Rangoon Lunatic Asylum 1893-1897 - 1893-1897
Year: 1893
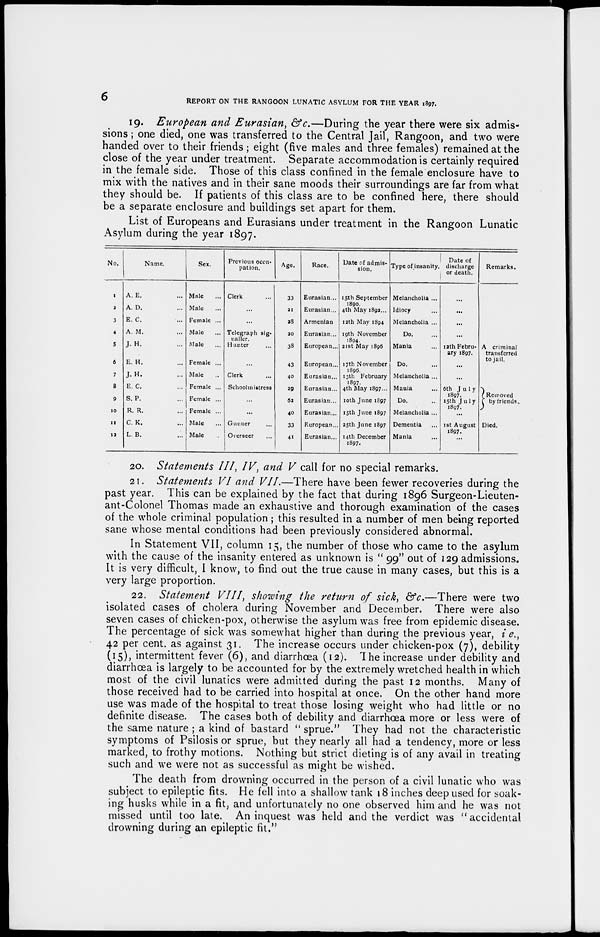
6
REPORT ON THE RANGOON LUNATIC ASYLUM FOR THE YEAR 1897.
19. European and Eurasian, &c.—During the year there were six admis-
sions ; one died, one was transferred to the Central Jail, Rangoon, and two were
handed over to their friends; eight (five males and three females) remained at the
close of the year under treatment. Separate accommodation is certainly required
in the female side. Those of this class confined in the female enclosure have to
mix with the natives and in their sane moods their surroundings are far from what
they should be. If patients of this class are to be confined here, there should
be a separate enclosure and buildings set apart for them.
List of Europeans and Eurasians under treatment in the Rangoon Lunatic
Asylum during the year 1897.
No.
1
2
3
4
5
6
7
8
9
10
11
13
Name.
A. E. ...
A. D. ...
E. C. ...
A. M. ...
J. H. ...
E. H. ...
J. H. ...
E. C. ...
S. P. ...
R. R. ...
C. K. ...
L. B. ...
Sex.
Male ...
Male ...
Female ...
Male ...
Male ...
Female ...
Male ...
Female ...
Female ...
Female ...
Male ...
Male ...
Previous occu-
pation.
Clerk ...
...
...
Telegraph sig-
naller.
Hunter ...
...
Clerk ...
Schoolmistress
...
...
Gunner ...
Overseer ...
Age.
33
21
28
20
38
43
40
29
62
40
33
41
Race.
Eurasian ...
Eurasian ...
Armenian
Eurasian...
European...
European...
Eurasian...
Eurasian...
Eurasian...
Eurasian...
European...
Eurasian ...
Date of admis-
sion.
15th September
1890.
4th May 1892...
12th May 1894
19th November
1894.
21st May 1896
17th November
1896.
13th February
1897.
4th May 1897 ...
10th June 1897
15th June 1897
25th June 1897
14th December
1897.
Type of insanity.
Melancholia ...
Idiocy ...
Melancholia ...
Do. ...
Mania ...
Do. ...
Melancholia ...
Mania ...
Do. ...
Melancholia ...
Dementia ...
Mania ...
Date of
discharge
or death.
...
...
...
...
12th Febru-
ary 1897.
...
...
6th July
1897.
15th July
1897.
...
1st August
1897.
...
Remarks.
A criminal
transferred
to jail.
Removed
by friends.
Died.
20. Statements III, IV, and V call for no special remarks.
21. Statements VI and VII.—There have been fewer recoveries during the
past year. This can be explained by the fact that during 1896 Surgeon-Lieuten-
ant-Colonel Thomas made an exhaustive and thorough examination of the cases
of the whole criminal population ; this resulted in a number of men being reported
sane whose mental conditions had been previously considered abnormal.
In Statement VII, column 15, the number of those who came to the asylum
with the cause of the insanity entered as unknown is " 99" out of 129 admissions.
It is very difficult, I know, to find out the true cause in many cases, but this is a
very large proportion.
22. Statement VIII, showing the return of sick, &c.—There were two
isolated cases of cholera during November and December. There were also
seven cases of chicken-pox, otherwise the asylum was free from epidemic disease.
The percentage of sick was somewhat higher than during the previous year, i e.,
42 per cent. as against 31. The increase occurs under chicken-pox (7), debility
(15), intermittent fever (6), and diarrhœa (12). The increase under debility and
diarrhœa is largely to be accounted for by the extremely wretched health in which
most of the civil lunatics were admitted during the past 12 months. Many of
those received had to be carried into hospital at once. On the other hand more
use was made of the hospital to treat those losing weight who had little or no
definite disease. The cases both of debility and diarrhœa more or less were of
the same nature ; a kind of bastard " sprue." They had not the characteristic
symptoms of Psilosis or sprue, but they nearly all had a tendency, more or less
marked, to frothy motions. Nothing but strict dieting is of any avail in treating
such and we were not as successful as might be wished.
The death from drowning occurred in the person of a civil lunatic who was
subject to epileptic fits. He fell into a shallow tank 18 inches deep used for soak-
ing husks while in a fit, and unfortunately no one observed him and he was not
missed until too late. An inquest was held and the verdict was " accidental
drowning during an epileptic fit."